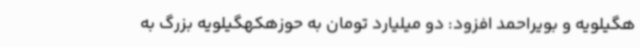
هگیلویه و بویراحمد افزود: دو میلیارد تومان به حوزهکهگیلویه بزرگ به